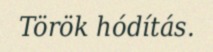
Török hódítás.